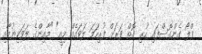
ފްލޯ ގެންގޮސްފައި ހުރި ގޮތް ވަރަށް ފުރިހަމަ ލަވައެއް މިއީ" "މާއިންގެ ލަވަކިޔުމާއި